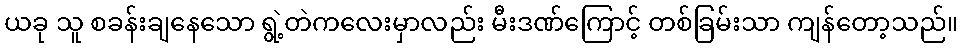
ယခု သူ စခန်းချနေသော ရွဲ့တဲကလေးမှာလည်း မီးဒဏ်ကြောင့် တစ်ခြမ်းသာ ကျန်တော့သည်။